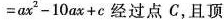
$$=ax^{2}-10ax+c$$经过点C，且顶